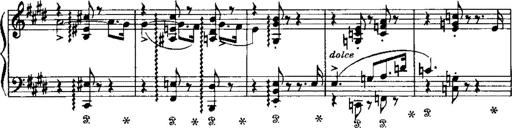
Title: LiebestrÃ¤ume
Composer: Franz Behr
Key: E-flat major